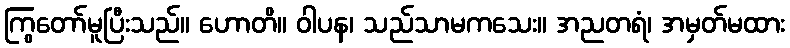
ကြွတော်မူပြီးသည်။ ဟောတိ။ ဝါပန၊ သည်သာမကသေး။ အညတရံ၊ အမှတ်မထား